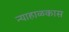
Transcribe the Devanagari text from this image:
न्याहाळकास